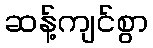
ဆန့်ကျင်စွာ